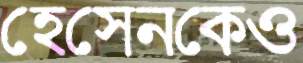
হেসেনকেও